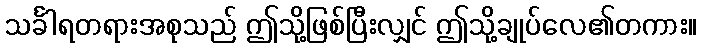
သင်္ခါရတရားအစုသည် ဤသို့ဖြစ်ပြီးလျှင် ဤသို့ချုပ်လေ၏တကား။